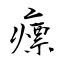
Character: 瘭